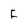
Character: F